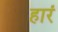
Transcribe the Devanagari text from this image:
हारं